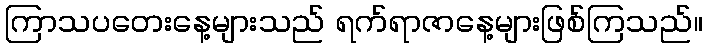
ကြာသပတေးနေ့များသည် ရက်ရာဇာနေ့များဖြစ်ကြသည်။